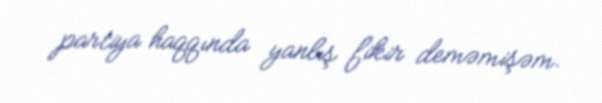
partiya haqqında yanlış fikir deməmişəm.